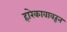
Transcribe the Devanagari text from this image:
हारेकावावरून